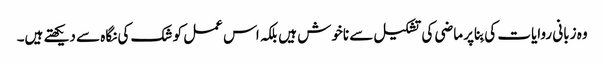
وہ زبانی روایات کی بِنا پر ماضی کی تشکیل سے ناخوش ہیں بلکہ اس عمل کو شک کی نگاہ سے دیکھتے ہیں۔